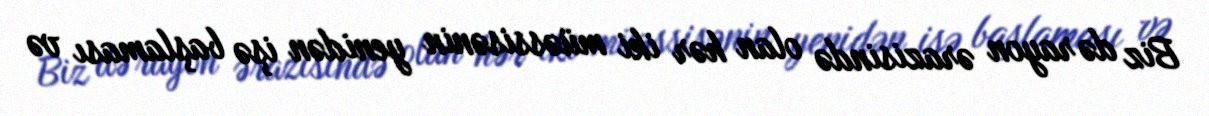
Biz də rayon ərazisində olan hər iki müəssisənin yenidən işə başlaması və